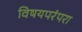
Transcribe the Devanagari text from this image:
विषयपरंपरा